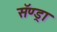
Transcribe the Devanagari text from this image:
सॅण्ड्रा